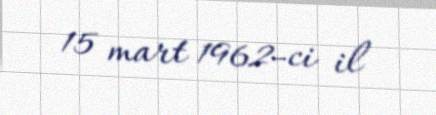
15 mart 1962-ci il